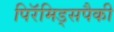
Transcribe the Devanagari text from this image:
पिरॅमिड्सपैकी